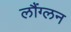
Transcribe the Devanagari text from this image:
लौंग्लन